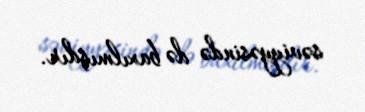
səviyyəsində də baxılmışdır.